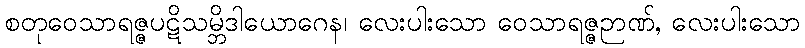
စတုဝေသာရဇ္ဇပဋိသမ္ဘိဒါယောဂေန၊ လေးပါးသော ဝေသာရဇ္ဇဉာဏ်, လေးပါးသော